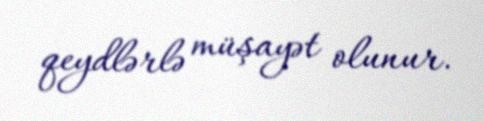
qeydlərlə müşayət olunur.